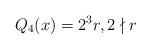
LaTeX: \begin{align*} Q_{4}(x)=2^3r, 2\nmid r\end{align*}